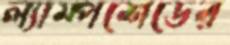
ল্যাম্পশেডের